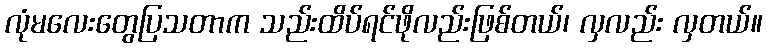
လုံမလေးတွေပြသတာက သည်းထိပ်ရင်ဖိုလည်းဖြစ်တယ်၊ လှလည်း လှတယ်။